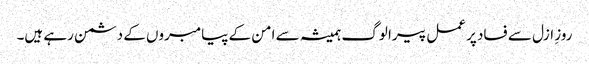
روزِ ازل سے فساد پر عمل پیرا لوگ ہمیشہ سے امن کے پیامبروں کے دشمن رہے ہیں۔